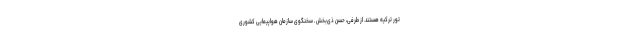
تور ترکیه هستند. از طرفی، حسن ذی‌بخش ـ سخنگوی سازمان هواپیمایی کشوری